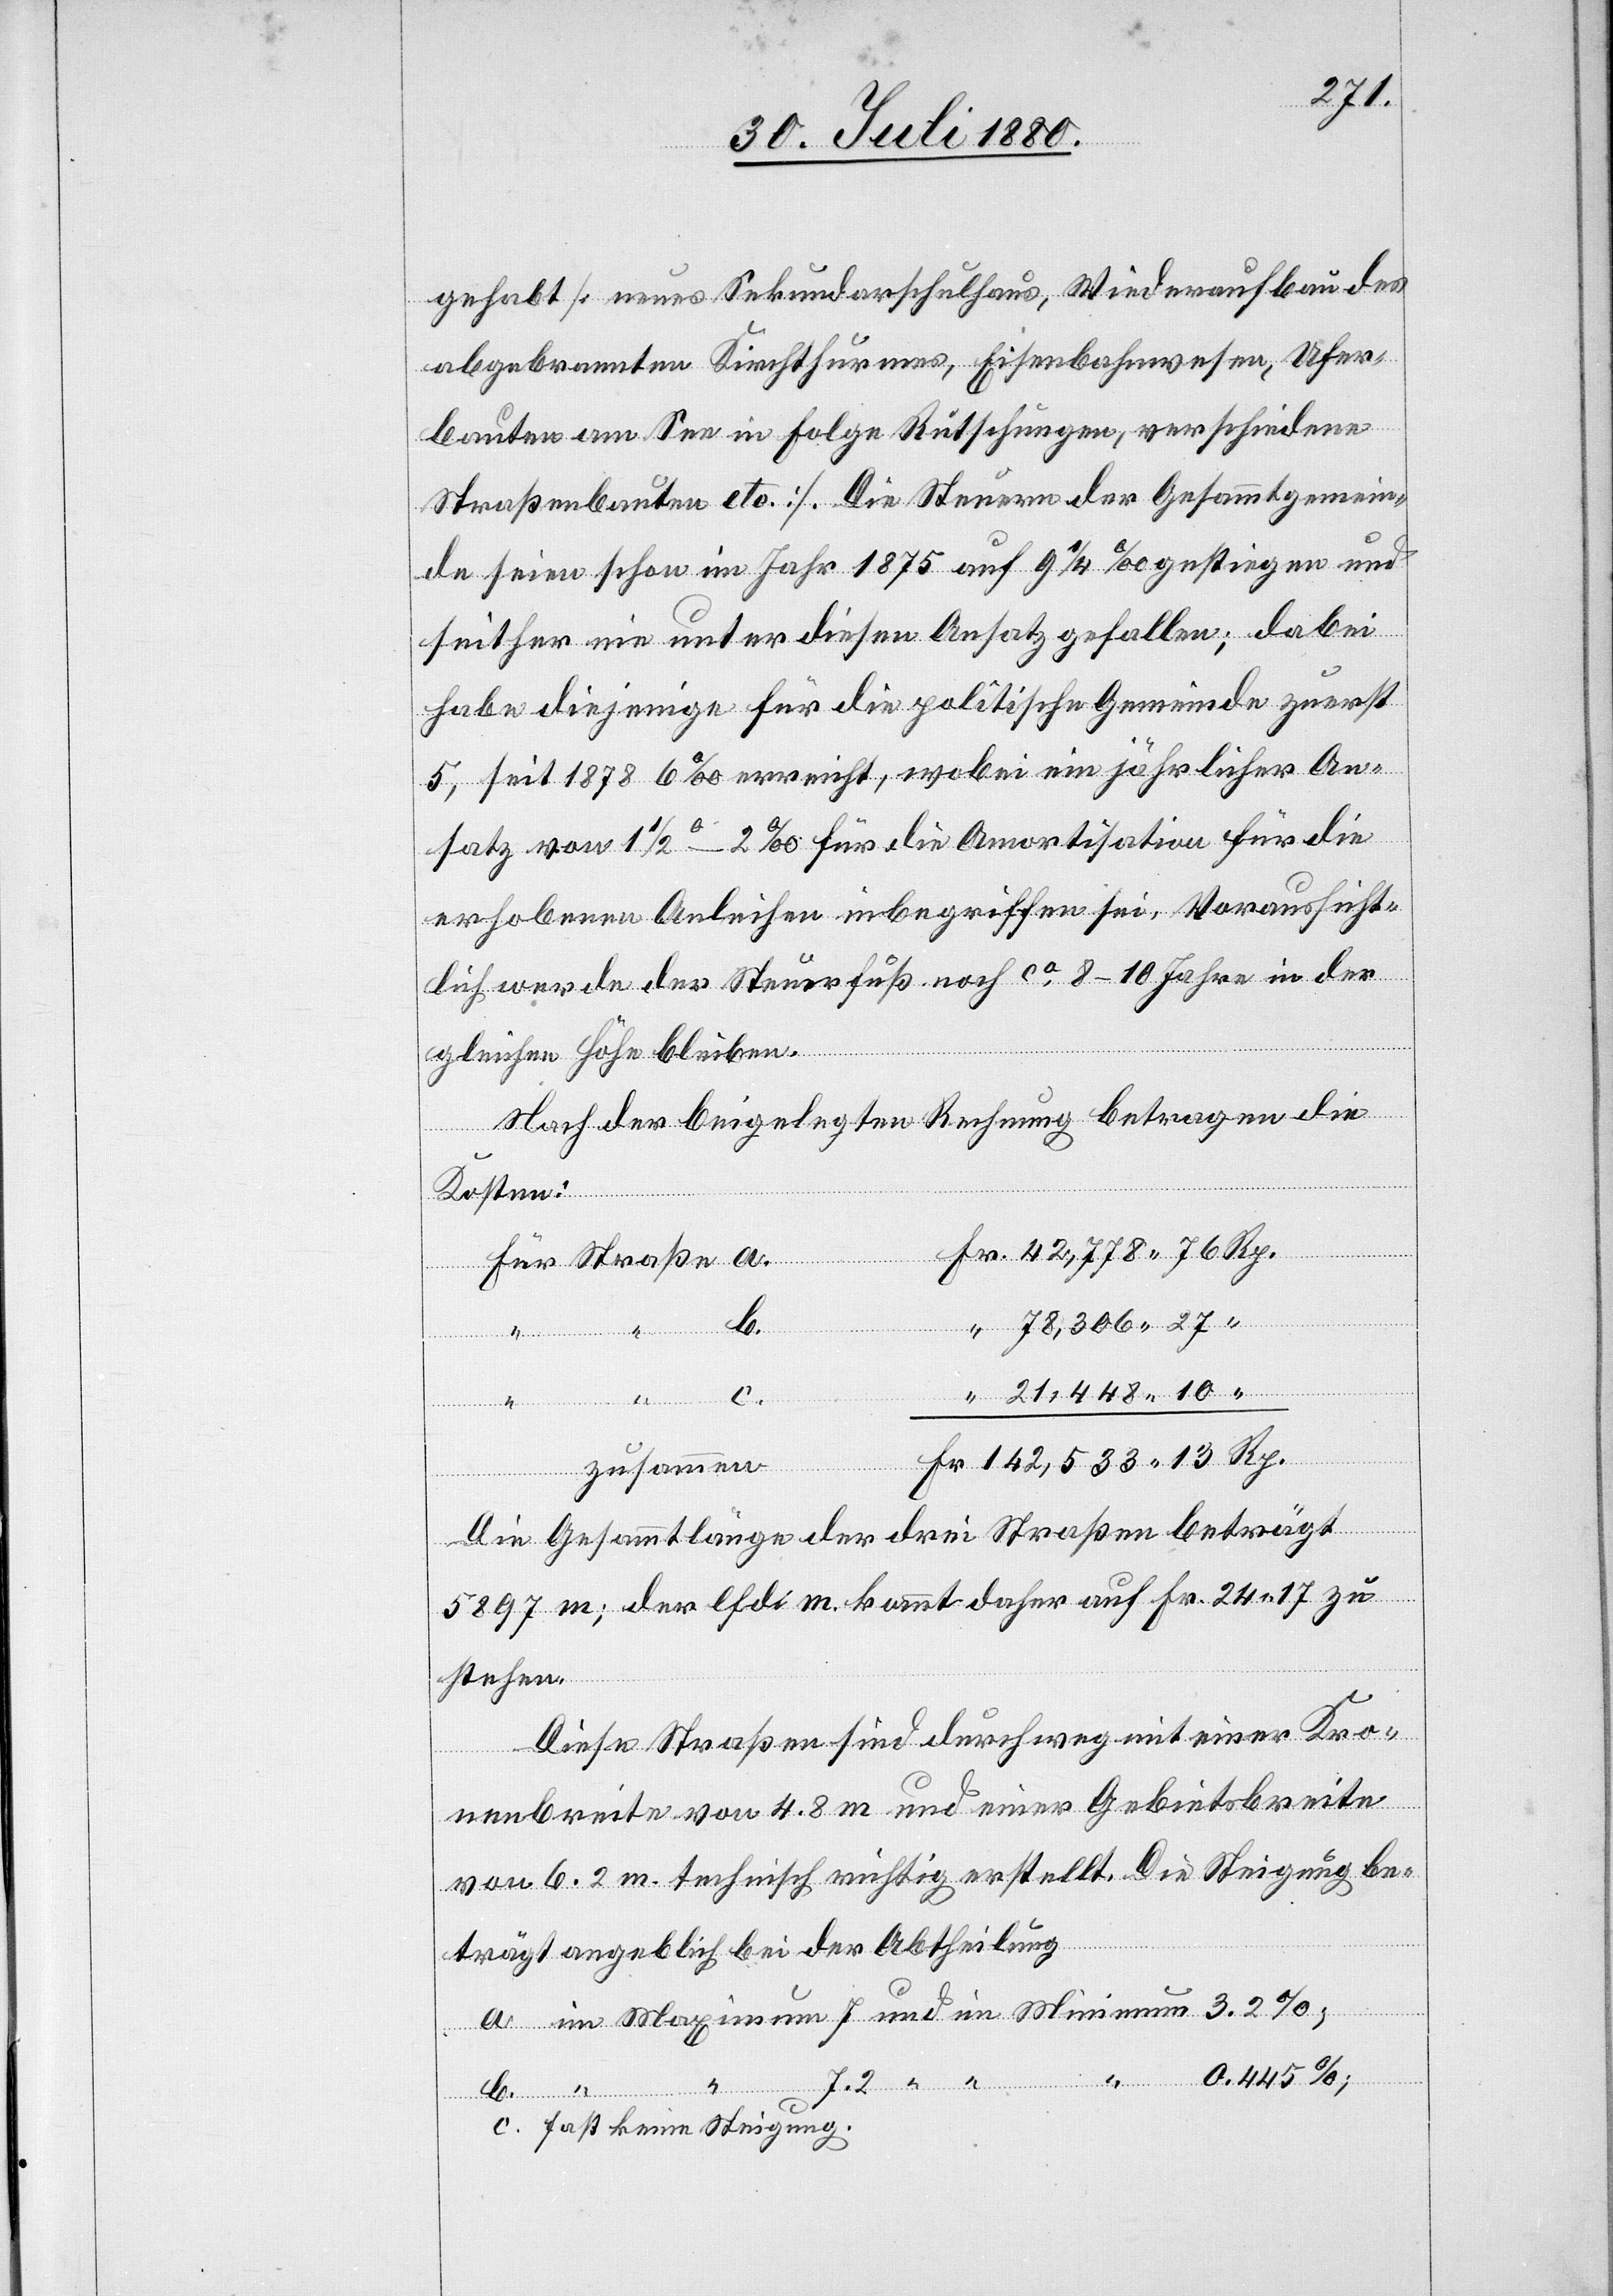
gehabt [neues Sekundarschulhaus, Wiederaufbau des
abgebrannten Kirchthurmes, Eisenbahnwesen, Ufer¬
bauten am See in Folge Rutschungen, verschiedene
Straßenbauten etc.]. Die Steuern der Gesammtgemein¬
de seien schon im Jahr 1875 auf 9 1/4‰ gestiegen und
seither nie unter diesen Ansatz gefallen; dabei
habe diejenige für die politische Gemeinde zuerst
5, seit 1878 6‰ erreicht, wobei ein jährlicher An¬
satz von 1 1/2–2‰ für die Amortisation für die
erhobenen Anleihen inbegriffen sei, Voraussicht¬
lich werde der Steuerfuß noch ca 8–10 Jahre} in der
gleichen Höhe bleiben.
Nach der beigelegten Rechnung betragen die
Minimum
und
Kosten:
“
3.2%;
b.
“
c.
hat keine Steigung.
13
zusammen
Rp.
Die Gesammtlänge der drei Straßen beträgt
5897 m; der lfd. m. kommt daher auf Fr. 24 17 zu
stehen.
Diese Straßen sind durchweg mit einer Kro¬
nenbreite von 4.8 m und einer Gebietsbreite
von 6.2 m technisch richtig erstellt. Die Steigung be¬
trägt angeblich bei der Abtheilung
im
7.2